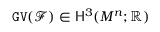
\mathtt { G V } ( { \mathcal F } ) \in { \mathsf { H } } ^ { 3 } ( M ^ { n } ; \mathbb { R } )